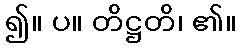
၍။ ပ။ တိဋ္ဌတိ၊ ၏။